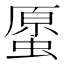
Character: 𧏐